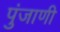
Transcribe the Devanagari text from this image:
पुंजाणी